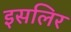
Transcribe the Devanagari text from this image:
इसलिर